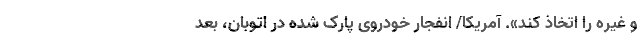
و غیره را اتخاذ کند». آمریکا/ انفجار خودروی پارک شده در اتوبان، بعد